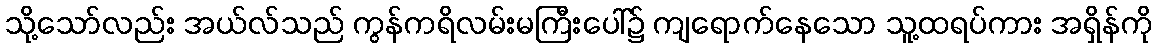
သို့သော်လည်း အယ်လ်သည် ကွန်ကရိလမ်းမကြီးပေါ်၌ ကျရောက်နေသော သူ့ထရပ်ကား အရှိန်ကို